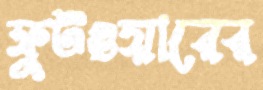
ফুটওয়ারের